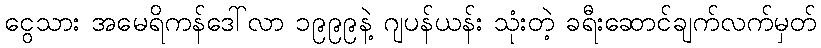
ငွေသား အမေရိကန်ဒေါ်လာ ၁၉၉၉နဲ့ ဂျပန်ယန်း သုံးတဲ့ ခရီးဆောင်ချက်လက်မှတ်